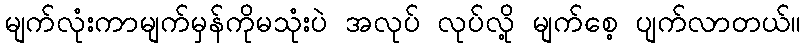
မျက်လုံးကာမျက်မှန်ကိုမသုံးပဲ အလုပ် လုပ်လို့ မျက်စေ့ ပျက်လာတယ်။